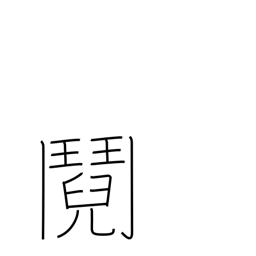
Meaning: quarrel